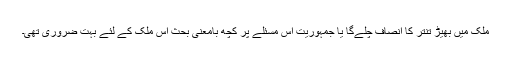
ملک میں بھیڑ تنتر کا انصاف چلے‌گا یا جمہوریت اس مسئلے پر کچھ بامعنی بحث اس ملک کے لئے بہت ضروری تھی۔